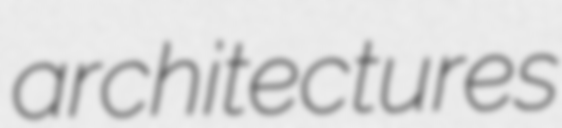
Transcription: architectures